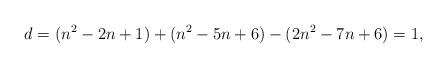
LaTeX: \begin{align*} d = (n^2 - 2n + 1) + (n^2 - 5n + 6) - ( 2n^2 - 7n + 6 ) = 1,\end{align*}